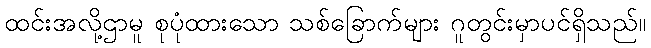
ထင်းအလို့ဌာမူ စုပုံထားသော သစ်ခြောက်များ ဂူတွင်းမှာပင်ရှိသည်။